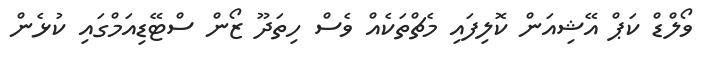
ވޯލްޑް ކަޕް އޭޝިއަން ކޮލިފައި މެޗްތަކެއް ވެސް ހިތަދޫ ޒޯން ސްޓޭޑިއަމްގައި ކުޅެން